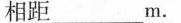
相距___m.